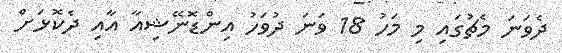
ދެވަނަ މެޗުގައި މި މަހު 18 ވަނަ ދުވަހު އިންޑޮނޭޝިއާ އާއި ދެކޮޅަށް